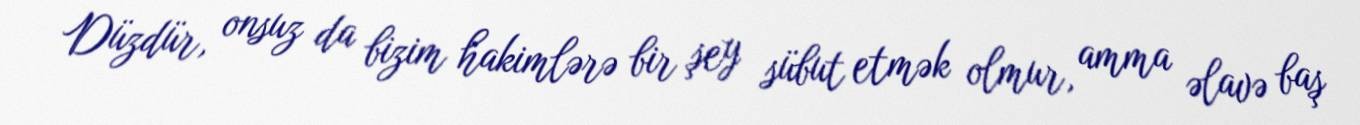
Düzdür, onsuz da bizim hakimlərə bir şey sübut etmək olmur, amma əlavə baş